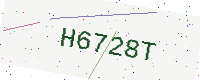
Text: H6728T